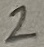
Text: 2